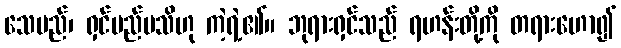
သေမည်၊ ရှင်မည်မသိဟု ကဲ့ရဲ့၏။ ဘုရားရှင်သည် ရဟန်းတို့ကို တရားဟော၍